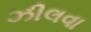
ઝીલવા